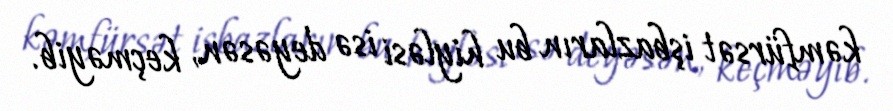
kəmfürsət işbazların bu hiyləsi isə deyəsən, keçməyib.